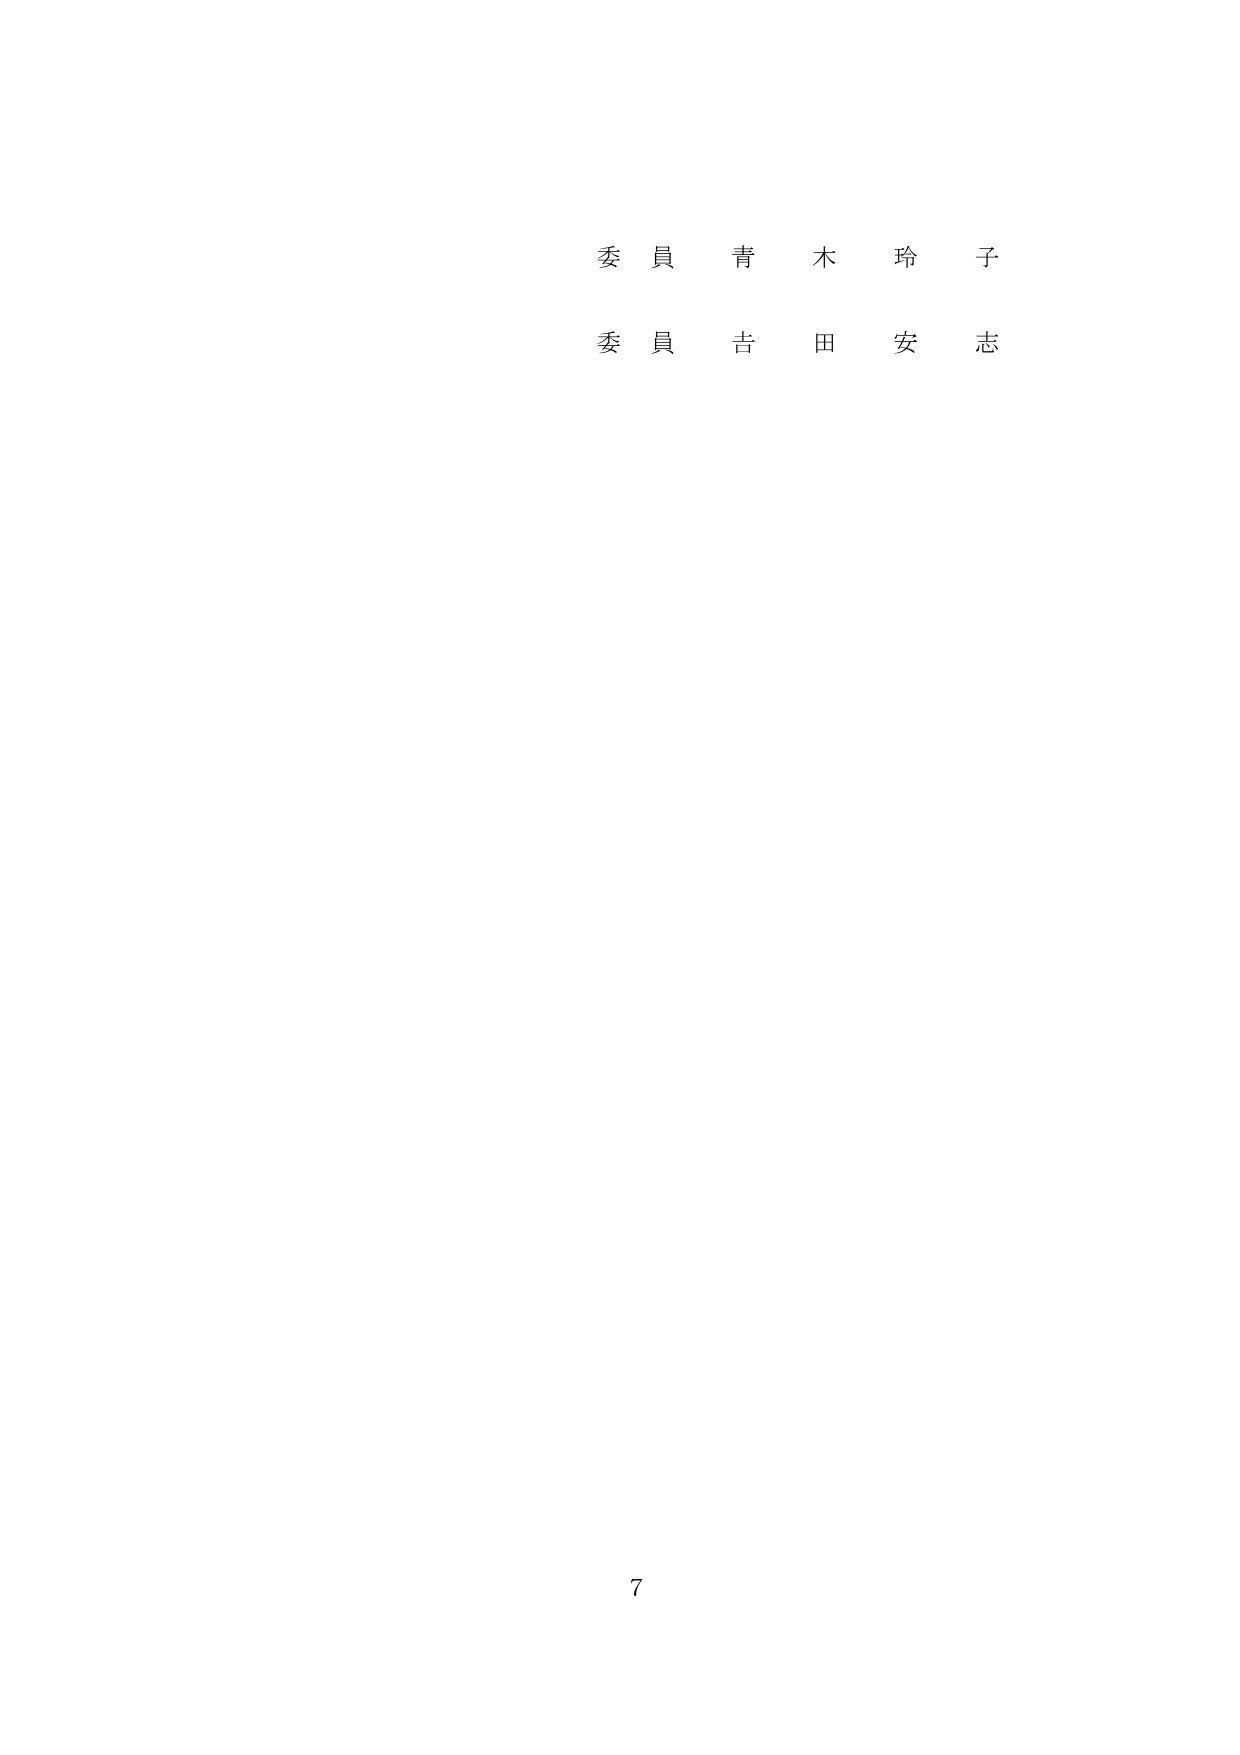
委員 青木 玲子
委員 吉田 安志
7